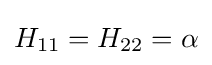
H_{11}=H_{22}=\alpha